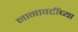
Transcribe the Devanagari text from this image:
नानावटींच्या